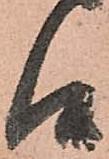
候